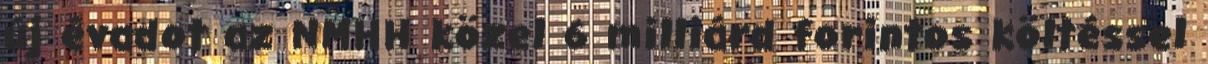
új évadot az NMHH közel 6 milliárd forintos költéssel